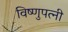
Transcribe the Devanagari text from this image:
विष्णुपत्नी